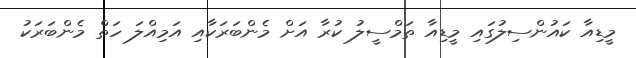
މީޑިއާ ކައުންސިލުގައި މީޑިއާ ތަމްސީލު ކުރާ އަށް މެންބަރަކާއި އަމިއްލަ ހަތް މެންބަރަކު